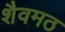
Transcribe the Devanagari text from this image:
शैवमठ